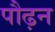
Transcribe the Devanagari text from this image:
पौढ़न